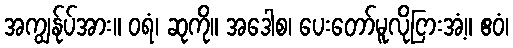
အကျွန်ုပ်အား။ ဝရံ၊ ဆုကို။ အဒေါစ၊ ပေးတော်မူလိုငြားအံ့။ ဧဝံ၊